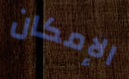
الإمكان